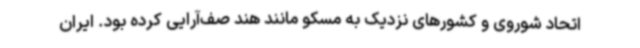
اتحاد شوروی و کشورهای نزدیک به مسکو مانند هند صف‌آرایی کرده بود. ایران